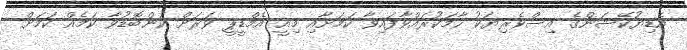
އެޑިޔުކޭޝަންގެ އިސްވެރިޔަކު ހާމަކުރައްވާފައިވާ ކަމަށާއި މިއީ އެމްޑީޕީ ވަރަށް ކަންބޮޑުވާ ކަމެއް ކަމަށް